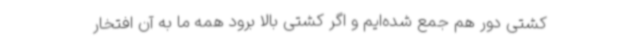
کشتی دور هم جمع شده‌ایم و اگر کشتی بالا برود همه ما به آن افتخار